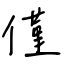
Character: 僅